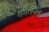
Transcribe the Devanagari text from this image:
कील्हौल